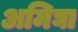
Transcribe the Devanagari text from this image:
अमिघा